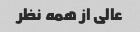
عالی از همه نظر